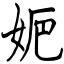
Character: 㛂